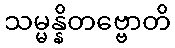
သမ္မန္နိတဗ္ဗောတိ